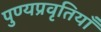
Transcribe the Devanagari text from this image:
पुण्यप्रवृतियाँ